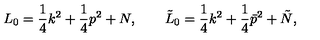
L _ { 0 } = \frac { 1 } { 4 } k ^ { 2 } + \frac { 1 } { 4 } p ^ { 2 } + N , \qquad \tilde { L } _ { 0 } = \frac { 1 } { 4 } k ^ { 2 } + \frac { 1 } { 4 } \bar { p } ^ { 2 } + \tilde { N } ,